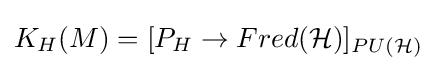
K_{H}(M)=[P_{H}\rightarrow Fred({\mathcal {H}})]_{PU({\mathcal {H}})}